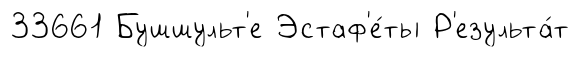
33661 Бушшульт'е Эстаф'е́ты Р'езульта́т